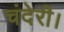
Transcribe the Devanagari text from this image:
चंदेरी।